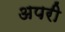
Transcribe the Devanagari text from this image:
अपरी